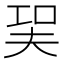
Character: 㠬